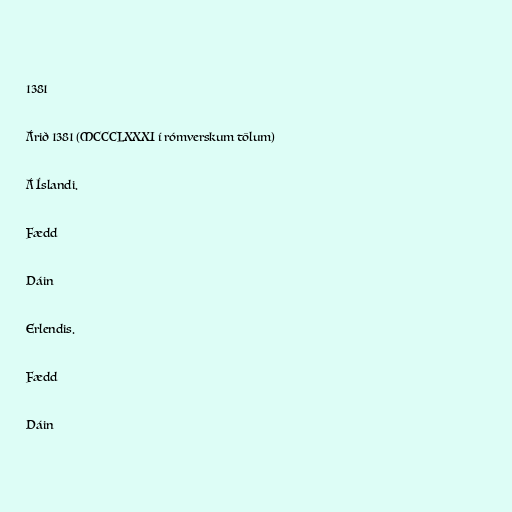
1381

Árið 1381 (MCCCLXXXI í rómverskum tölum)

Á Íslandi.

Fædd

Dáin

Erlendis.

Fædd

Dáin